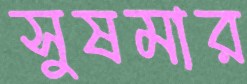
সুষমার